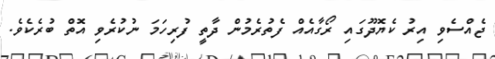
ޖެއްސެވި އިރު ކެޔޮދޫގައި ރޯގާއެއް ފެތުރެމުން ދާތީ ފުރިހަމަ ނުކުރެވި އޮތް ބުރެކެވެ.